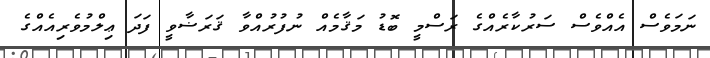
ނަމަވެސް އެއްވެސް ސަރުކާރެއްގެ ރަސްމީ ބޮޑު މަޤާމެއް ނުފުރުއްވާ ޤަރަޟާވީ ފަދަ ޢިލްމުވެރިއެއްގެ